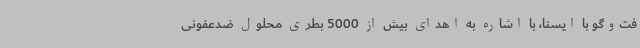
فت‌وگو با ایسنا، با اشاره به اهدای بیش از 5000 بطری محلول ضدعفونی